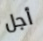
أجل